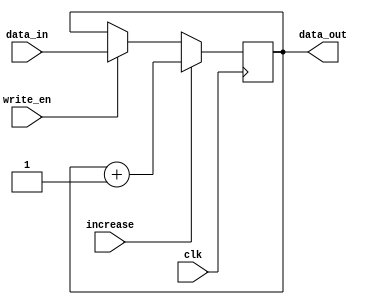
module Register(clk,data_in,data_out,write_en,increase
    );
input clk,write_en;
input increase;
input [15:0] data_in;
output [15:0] data_out;
reg [15:0] data_out=0;

	always @(posedge clk)
		begin
			if (write_en)
				data_out <= data_in;
			if (increase)
				data_out <= data_out +1;
		end

endmodule